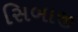
સિબાજી